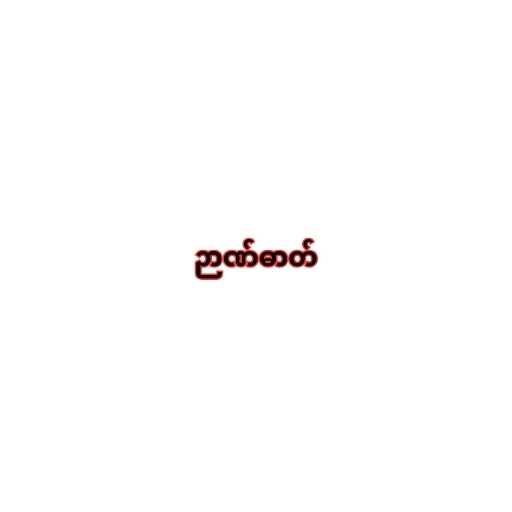
ဉာဏ်ဓာတ်